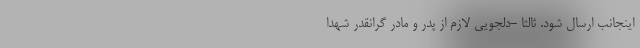
اینجانب ارسال شود. ثالثاً -دلجویی لازم از پدر و مادر گرانقدر شهدا